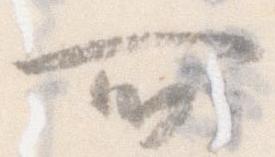
所